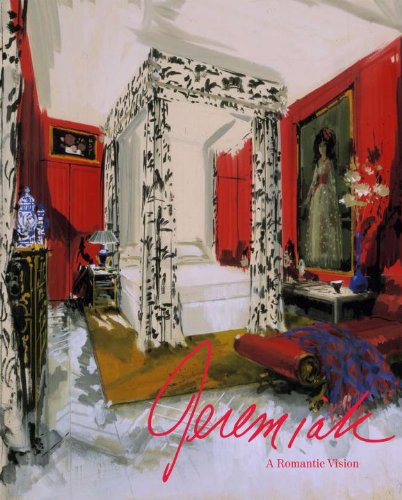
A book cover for Jeremiah: A Romantic Vision; Arts & Photography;